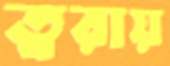
ত্বরায়